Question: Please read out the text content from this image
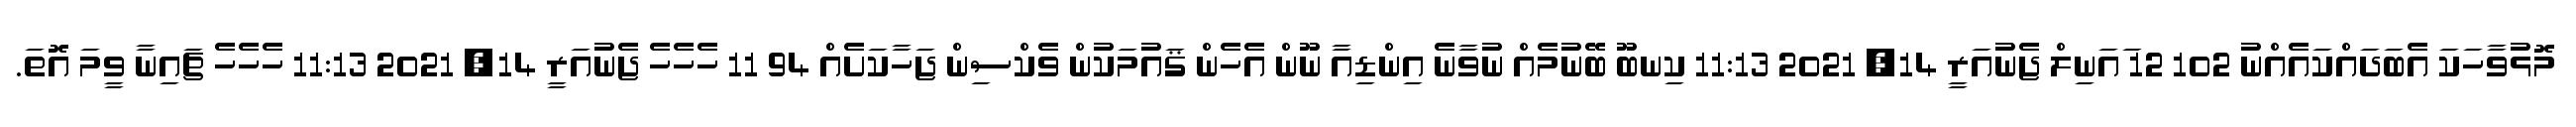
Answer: މޮޅުވާހަކަ އެބަދައްކައެއްނު 102 12 ައަނިލް ޖެނުއަރީ 14, 2021 11:13 ކިނބޫ ބޭނުމެއް ނުވާނެ އިންޑިއާ ނޫން އެހެން ޤައުމަކުން ވެކްސިން ޖަހާކަށެއް 94 11 ހެހެހެ ޖެނުއަރީ 14, 2021 11:13 ހެހެހެ ޗައިނާ ވީމަ އޮތަ.